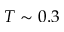
T \sim 0 . 3